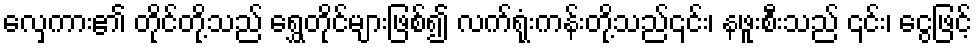
လှေကား၏ တိုင်တို့သည် ရွှေတိုင်များဖြစ်၍ လက်ရုံးကန်းတို့သည်၎င်း၊ နဖူးစီးသည် ၎င်း၊ ငွေဖြင့်